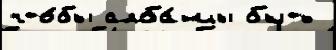
что́бы алба́нцы быть